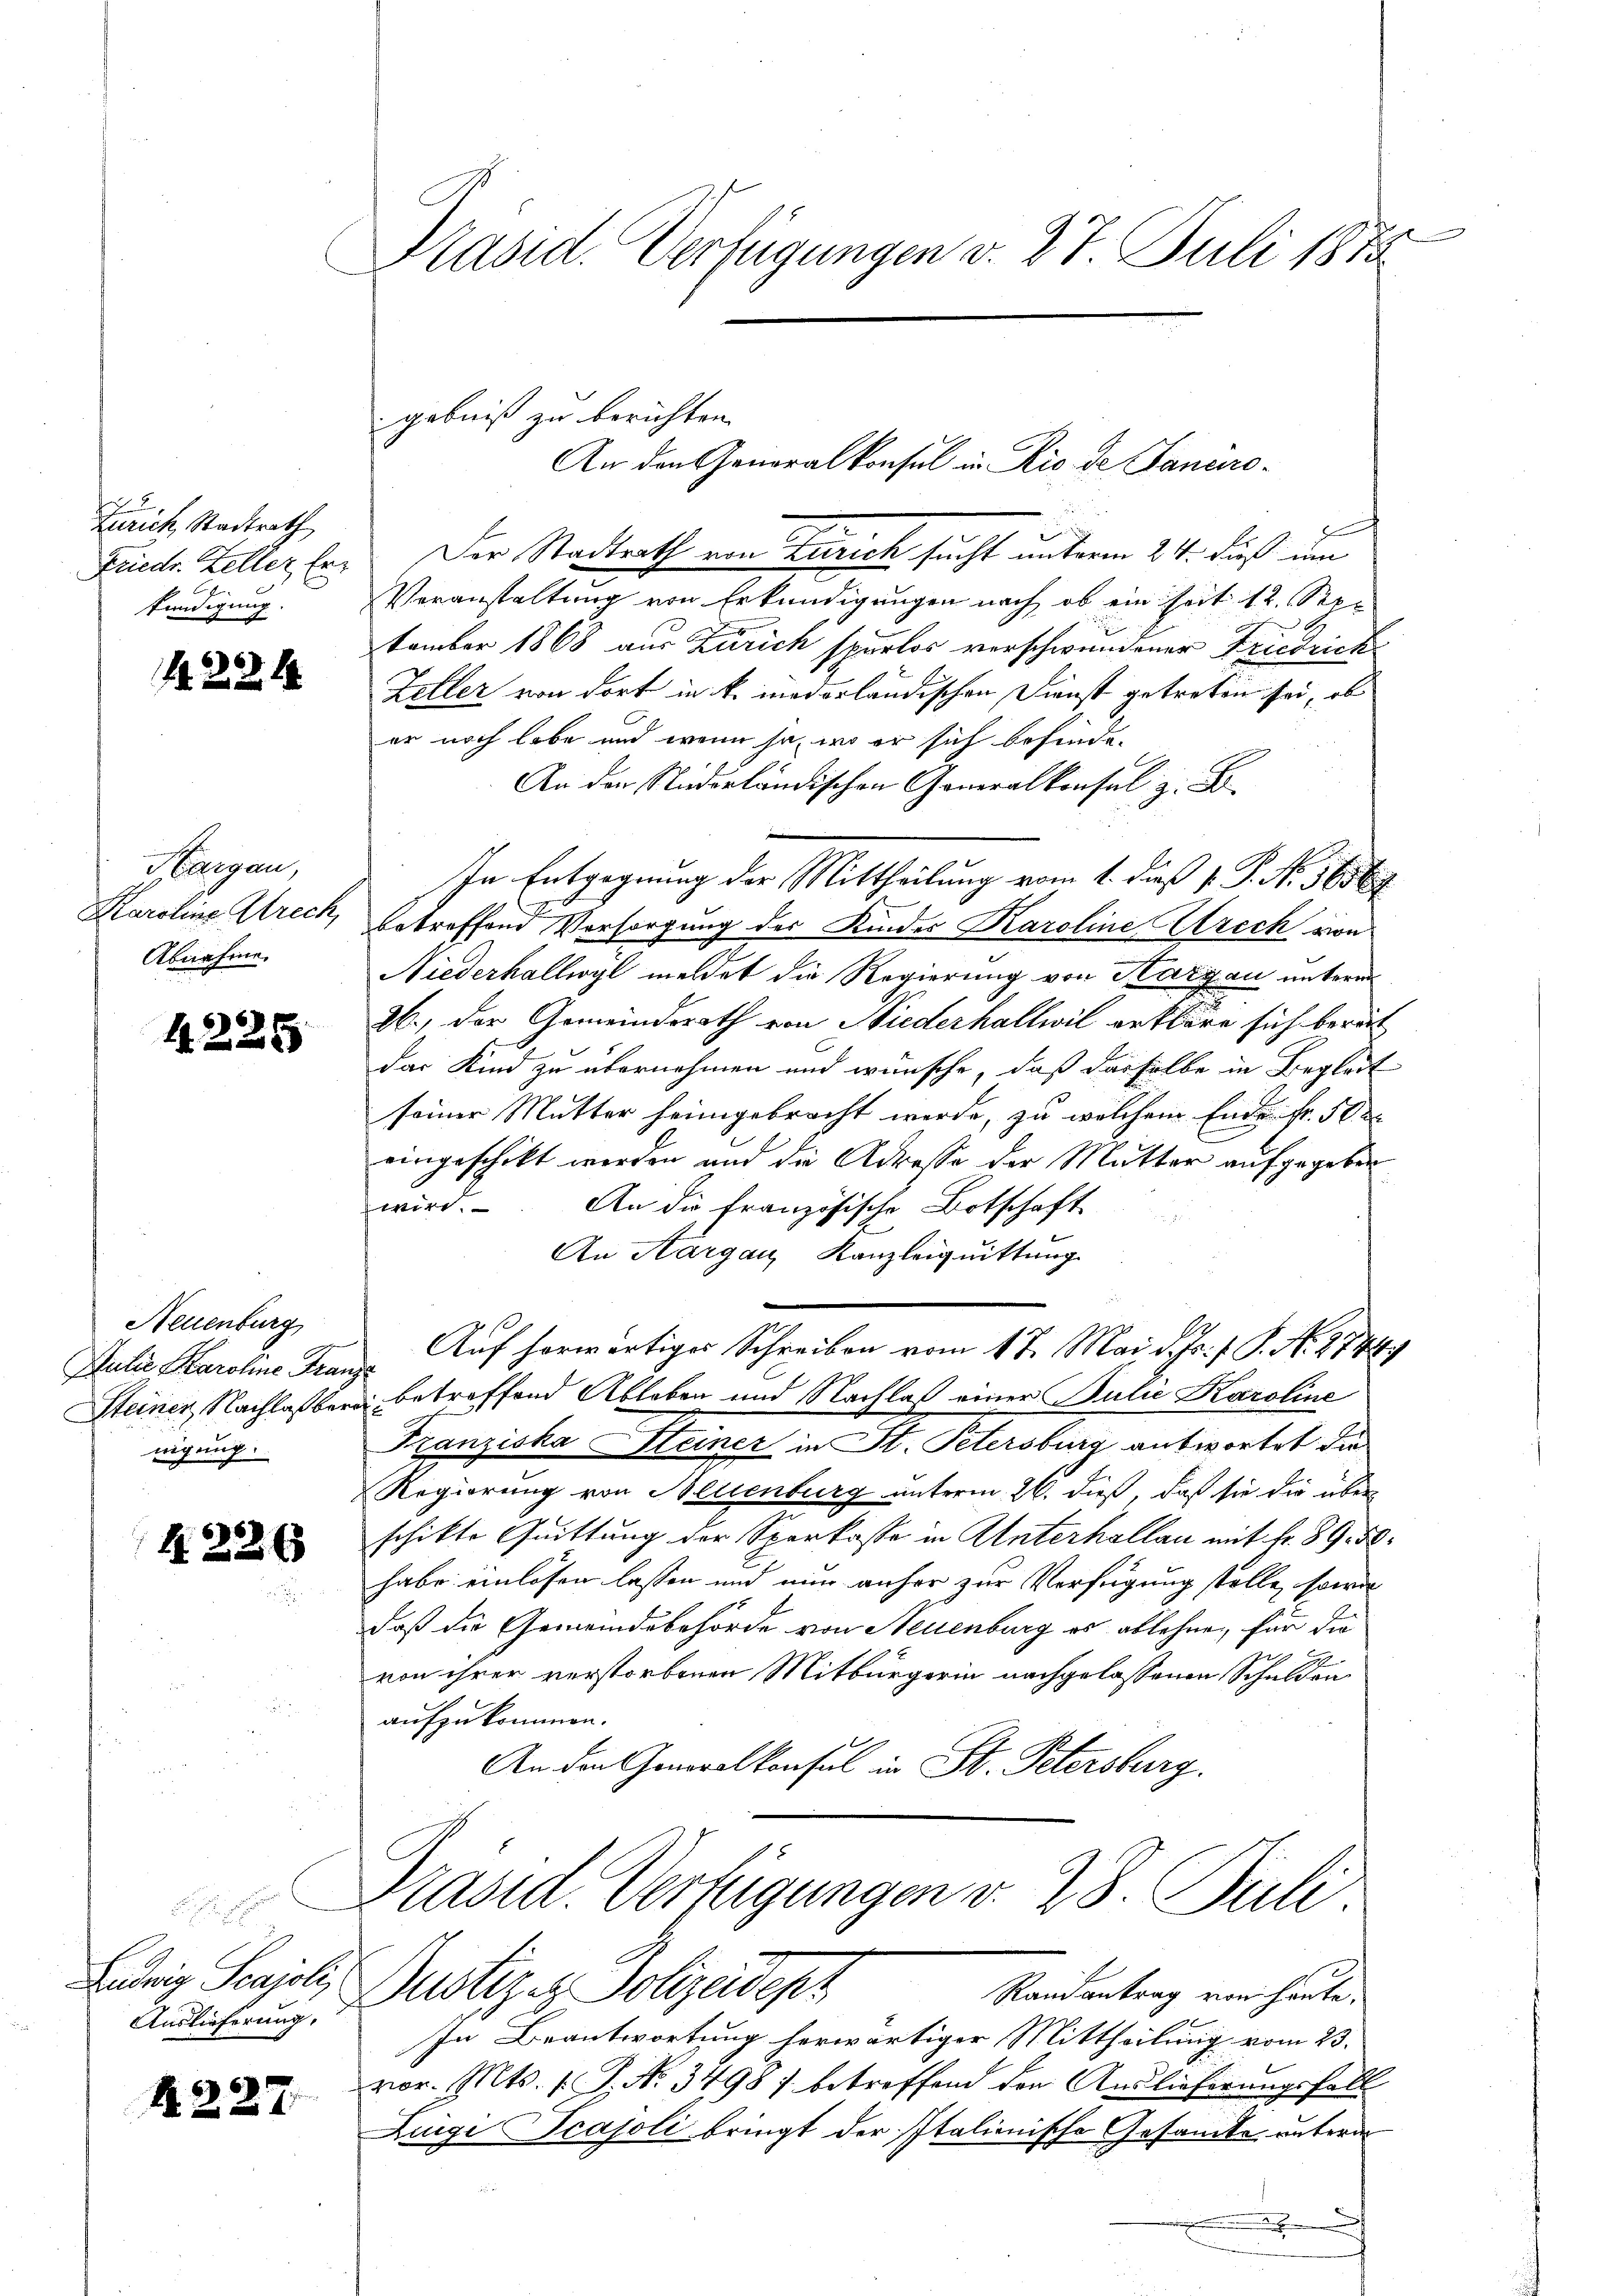
Zürich Stadtrath
Friedr. Zeller Erkündigung

423. 14

Margau,
Karoline Strech
Abnahme.

6x
2

Neuenburg
Julie Karoline Fran
Steiner Nachlaß ber
nigung.

4. 22 x

Ludwig Scajoli
Auslieferung,

A. 227.

Präsid. Verfügungen v. 27. Juli 1873.

gebniß zu berichten.
1
Der Stadtrath von Zürich sucht unterm 24. dieß um
VVeranstaltung von Erkundigungen nach, ob ein Zeit 12. Sep¬

tember 1868 aus Zürich spurlos verschwendener Friedrich
Zeller von dort in k. niederländischen Dienst getreten sei, ob
er noch habe und wenn ja, wo er sich befinde-
An der Niederländischen Generalkonsul z. B.
In Entgegnung der Mittheilung vom 1. dieß P. P. Nr. 56569
betreffend Vorsorgung der Kinder Karoline Arech von
Niederhallwyl meldet die Regierung von Kargau unterm
26.) Der Gemeinderath von Niederhallwil entbare sich berat
das Kind zu übernehmen und wünsche, daß dasselbe in Begleit
seiner Mutter heimgebracht werde, zu welchem Ende fr. 5 de
eingeschikt werden und die Adresse der Mutter aufgegeben
wird. An die Französische Botschaft
An Aargau, Kanzleiguittung
Auf herwärtiges Schreiben vom 1ten Mai d. Js. f. P. N. 2744.
¬
 betreffend Ableben und Nachlaß einer Julie Karoline
Franziska Steiner in St. Petersburg antwortet die
Regierung von Neuenburg unterm 26. dieß, daß sie die über
schikte Quittung der Sparkasse in Unterhallan mit Fr. 89. 50.
habe einlösen lassen und nun anher zur Verfügung stelle, sowie
daß die Gemeindebehörde von Neuenburg es ablehne, für die
von ihrer verstorbenen Mitbürgerin nachgelassenen Schulden
aufzukommen.
An den Generalkonsul in St. Petersburg.
8
Präsid. Verfügungen v. 28. Juli.
Justizis Polizeidept
Randantrag von heute,
In Beantwortung herwärtiger Mittheilung vom 23.
vor. Mts. 1. P. Nr. 3498) betreffend den Auslieferungsfall
Lunge Scajoli bringt der Italienische Gesamte untern
.

An den Generalkonsul in Rio de Sanaro-